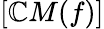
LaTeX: [\mathbb{C}M(f)]